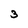
Character: 3